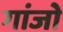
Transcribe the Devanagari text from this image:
गांजो